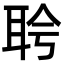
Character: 𬚔